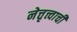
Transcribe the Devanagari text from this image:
नेत्तृत्त्वाची